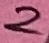
Text: 2